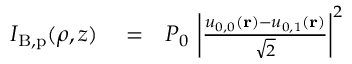
\begin{array} { r l r } { I _ { \mathrm { B , p } } ( \rho , z ) } & { { } = } & { P _ { 0 } \, \left| \frac { u _ { 0 , 0 } ( \mathbf { r } ) - u _ { 0 , 1 } ( \mathbf { r } ) } { \sqrt { 2 } } \right| ^ { 2 } } \end{array}